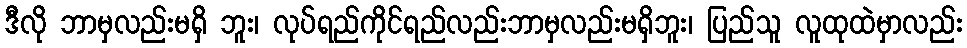
ဒီလို ဘာမှလည်းမရှိ ဘူး၊ လုပ်ရည်ကိုင်ရည်လည်းဘာမှလည်းမရှိဘူး၊ ပြည်သူ လူထုထဲမှာလည်း